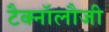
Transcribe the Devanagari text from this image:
टैक्नॉलौजी